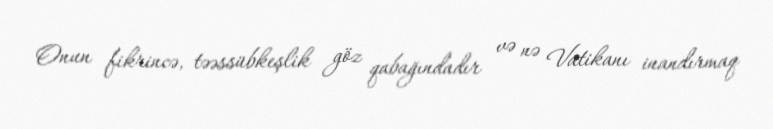
Onun fikrincə, təəssübkeşlik göz qabağındadır və nə Vatikanı inandırmaq